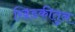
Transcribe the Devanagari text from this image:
खिडकीतुन